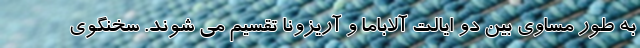
به طور مساوی بین دو ایالت آلاباما و آریزونا تقسیم می شوند. سخنگوی